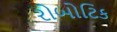
રોબોટિક